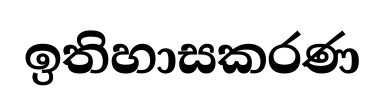
ඉතිහාසකරණ